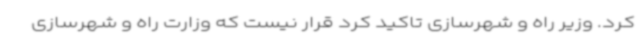
کرد. وزیر راه و شهرسازی تاکید کرد قرار نیست که وزارت راه و شهرسازی